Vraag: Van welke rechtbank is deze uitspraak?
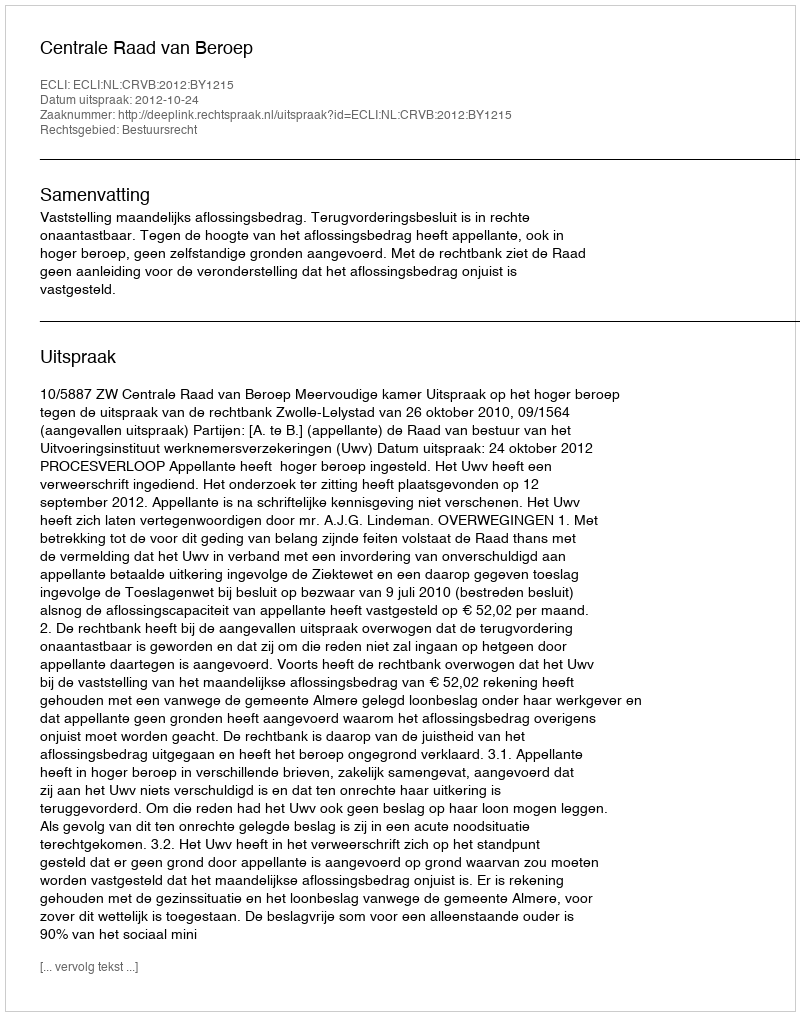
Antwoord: Centrale Raad van Beroep